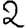
Digit: 2